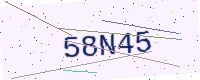
Text: 58N45